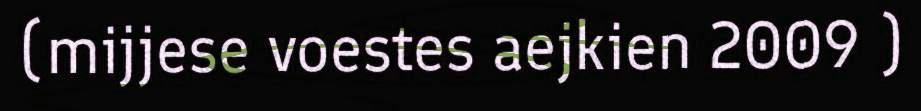
(mijjese voestes aejkien 2009 )